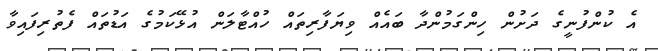
އެ ކުންފުނީގެ ދަށުން ހިންގަމުންދާ ބައެއް ވިޔަފާރިތައް ހުއްޓާލަން އުޅޭކަމުގެ އަޑުތައް ފެތުރިފައިވާ